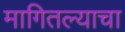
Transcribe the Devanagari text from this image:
मागितल्याचा